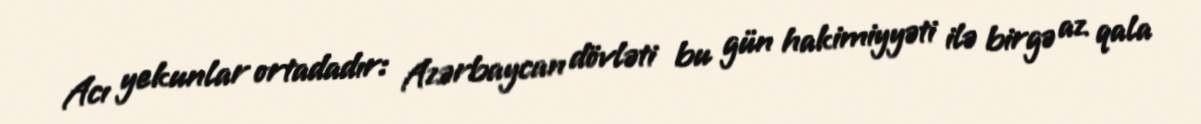
Acı yekunlar ortadadır: Azərbaycan dövləti bu gün hakimiyyəti ilə birgə az qala